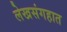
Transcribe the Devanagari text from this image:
लेखसंगहात